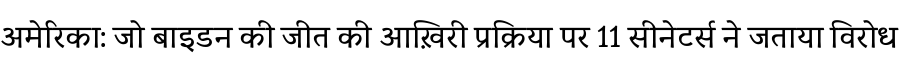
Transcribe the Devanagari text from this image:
अमेरिका: जो बाइडन की जीत की आख़िरी प्रक्रिया पर 11 सीनेटर्स ने जताया विरोध